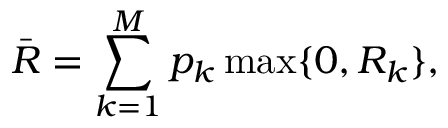
\bar { R } = \sum _ { k = 1 } ^ { M } p _ { k } \operatorname* { m a x } \{ 0 , R _ { k } \} ,